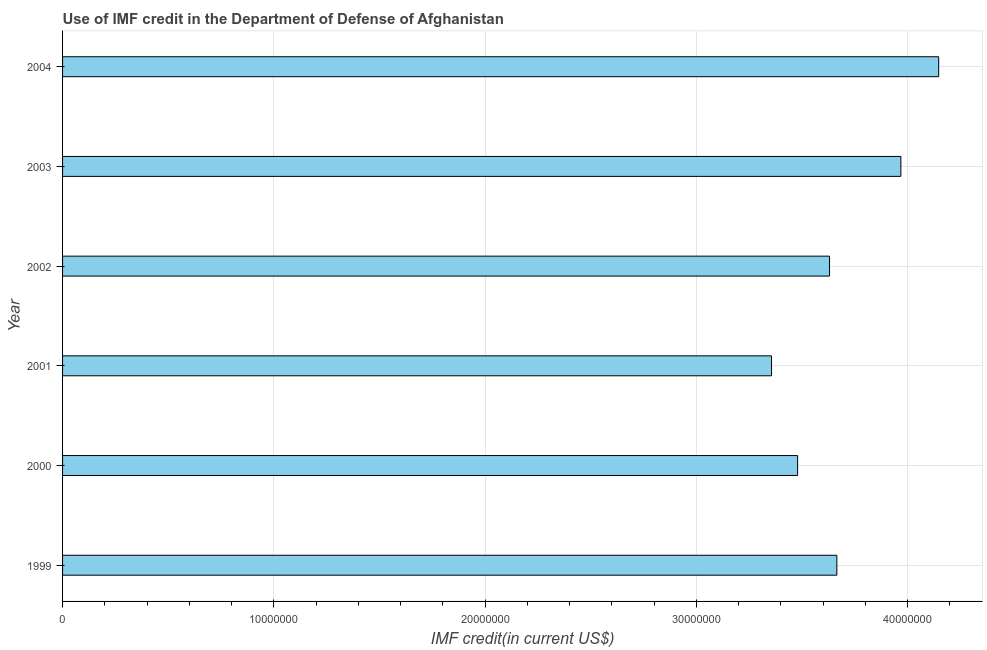
| Year | Use of IMF credit (DOD |
 | --- | --- |
 | 1999 | 3.66e+07 |
 | 2000 | 3.48e+07 |
 | 2001 | 3.36e+07 |
 | 2002 | 3.63e+07 |
 | 2003 | 3.97e+07 |
 | 2004 | 4.15e+07 |